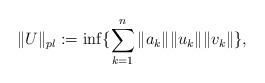
LaTeX: \begin{align*} \|U\|_{pl}:=\inf\{\sum_{k=1}^n\|a_k\|\|u_k\|\|v_k\|\},\end{align*}